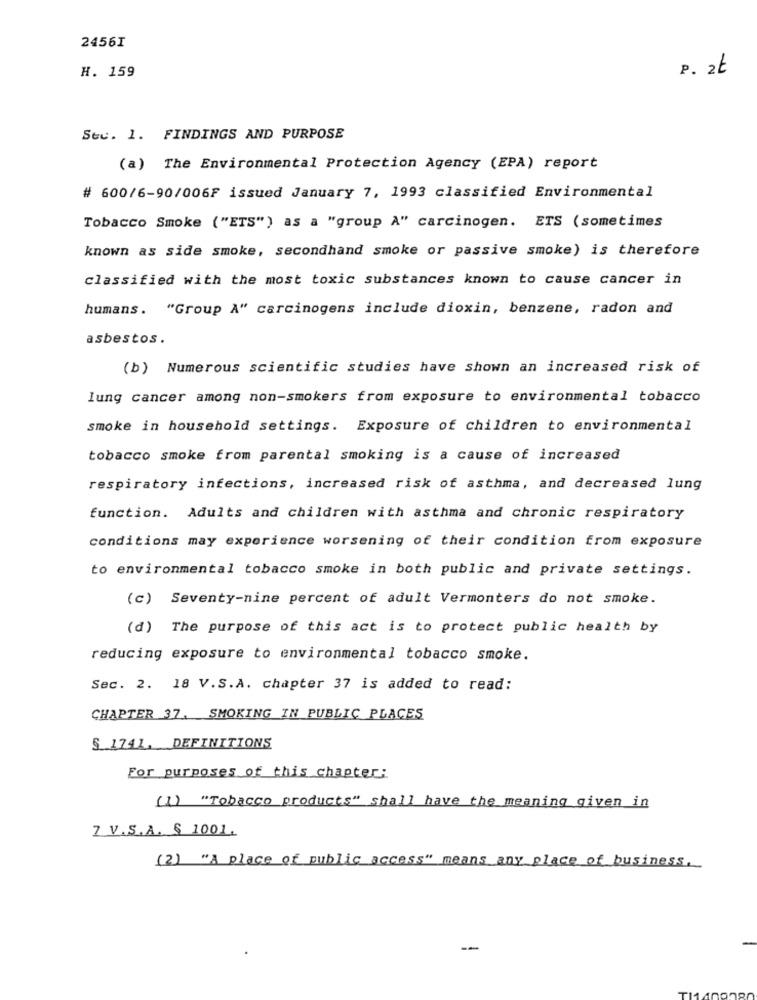
2456I
H. 159
P. at
Sec. 1. FINDINGS AND PURPOSE
(a) The Environmental Protection Agency (EPA) report
# 600/6-90/006F issued January 7, 1993 classified Environmental
Tobacco Smoke ("ETS") as a "group A" carcinogen. ETS (sometimes
known as side smoke, secondhand smoke or passive smoke) is therefore
classified with the most toxic substances known to cause cancer in
humans. "Group A" carcinogens include dioxin, benzene, radon and
asbestos.
(b) Numerous scientific studies have shown an increased risk of
lung cancer among non-smokers from exposure to environmental tobacco
smoke in household settings. Exposure of children to environmental
tobacco smoke from parental smoking is a cause of increased
respiratory infections, increased risk of asthma, and decreased lung
function. Adults and children with asthma and chronic respiratory
conditions may experience worsening of their condition from exposure
to environmental tobacco smoke in both public and private settings.
(c) Seventy-nine percent of adult Vermonters do not smoke.
(d) The purpose of this act is to protect public health by
reducing exposure to environmental tobacco smoke.
Sec. 2. 18 V.S.A. chapter 37 is added to read:
CHAPTER 37, SMOKING IN PUBLIC PLACES
S 1741. DEFINITIONS
For purposes of this chapter;
(1) "Tobacco products" shall have the meaning given in
7 V.S.A. $ 1001.
(2) "A place of public access" means any place of business.
--